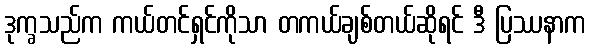
ဒုက္ခသည်က ကယ်တင်ရှင်ကိုသာ တကယ်ချစ်တယ်ဆိုရင် ဒီ ပြဿနာက